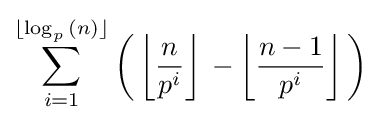
\sum _{i=1}^{\lfloor {\log _{p}{(n)}\rfloor {}}}{{\bigg (}\left\lfloor {\frac {n}{p^{i}}}\right\rfloor {}-\left\lfloor {\frac {n-1}{p^{i}}}\right\rfloor {}{\bigg )}}